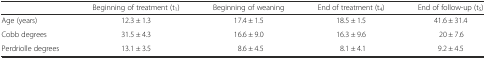
<table><thead><tr><td>[EMPTY_CELL]</td><td><b>Beginning of treatment (t<sub>1</sub>)</b></td><td><b>Beginning of weaning</b></td><td><b>End of treatment (t<sub>4</sub>)</b></td><td><b>End of follow-up (t<sub>5</sub>)</b></td></tr></thead><tbody><tr><td>Age (years)</td><td>12.3 ± 1.3</td><td>17.4 ± 1.5</td><td>18.5 ± 1.5</td><td>41.6 ± 31.4</td></tr><tr><td>Cobb degrees</td><td>31.5 ± 4.3</td><td>16.6 ± 9.0</td><td>16.3 ± 9.6</td><td>20 ± 7.6</td></tr><tr><td>Perdriolle degrees</td><td>13.1 ± 3.5</td><td>8.6 ± 4.5</td><td>8.1 ± 4.1</td><td>9.2 ± 4.5</td></tr></tbody></table>